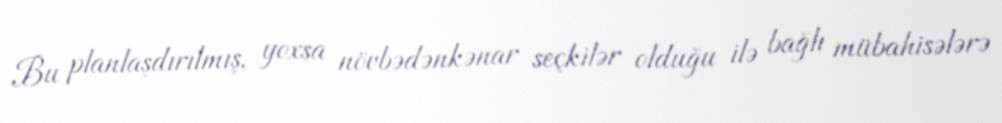
Bu planlaşdırılmış, yoxsa növbədənkənar seçkilər olduğu ilə bağlı mübahisələrə